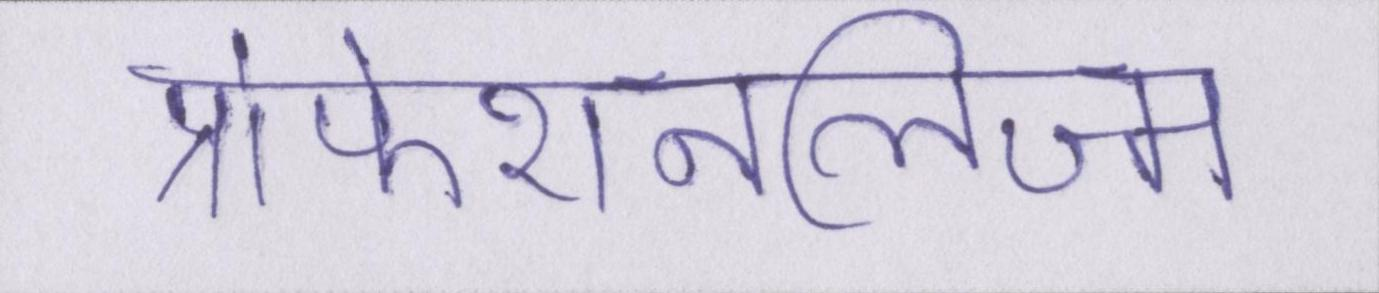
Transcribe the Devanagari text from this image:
प्रोफेशनलिज्म